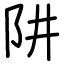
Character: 阱